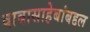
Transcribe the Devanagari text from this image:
बाबासाहेबांबद्दल